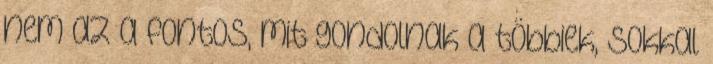
nem az a fontos, mit gondolnak a többiek, sokkal